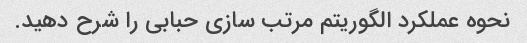
نحوه عملکرد الگوریتم مرتب سازی حبابی را شرح دهید.